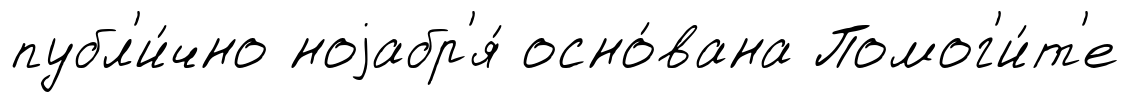
публ'и́чно ноjабр'я́ осно́вана Помог'и́т'е